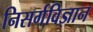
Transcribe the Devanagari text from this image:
निसर्गविज्ञान